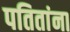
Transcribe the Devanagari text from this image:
पतितांना